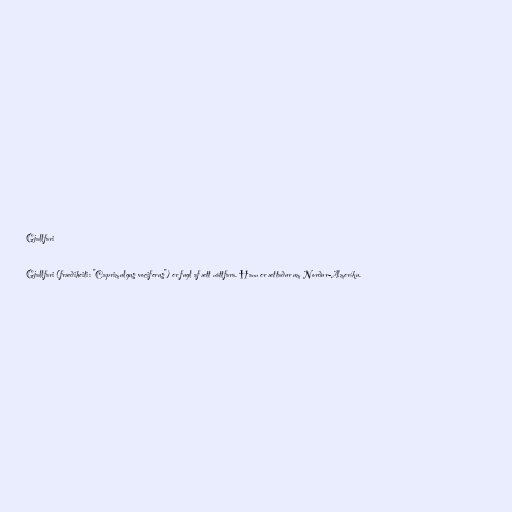
Gjallfari

Gjallfari (fræðiheiti: "Caprimulgus vociferus") er fugl af ætt náttfara. Hann er ættaður um Norður-Ameríku.